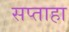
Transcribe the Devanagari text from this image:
सप्ताहा